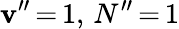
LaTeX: \mathbf{v}^{\prime\prime}\, {=}\, 1,\, N^{\prime\prime}\, {=}\, 1